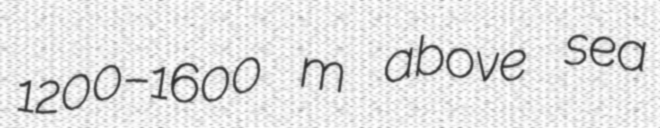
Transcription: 1200–1600 m above sea